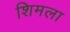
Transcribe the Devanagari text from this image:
शिमला